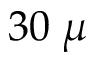
3 0 \; \mu